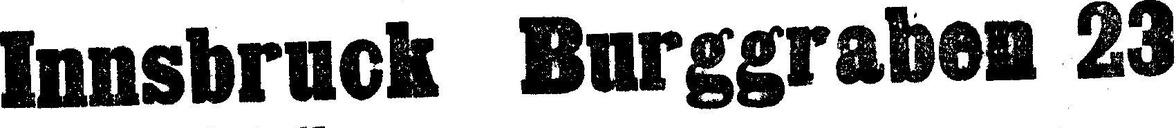
Innsbruck Burggraben 23